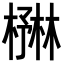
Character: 𪳻